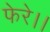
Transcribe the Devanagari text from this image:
फेरे।।